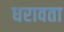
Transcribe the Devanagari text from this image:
धरावता